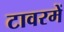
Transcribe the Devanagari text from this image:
टावरमें